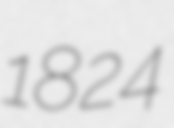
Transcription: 1824